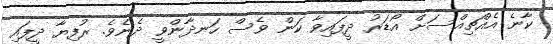
ކާނެ އެއްޗިއްސަށް އޯޑަރު ދީފައިވާ ކަން ވެސް ހަނދާންވީ ދެނެވެ. ރުފިޔާ ދީފައި